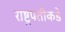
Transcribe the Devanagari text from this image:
राष्ट्रपतीकडे